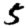
Digit: 5